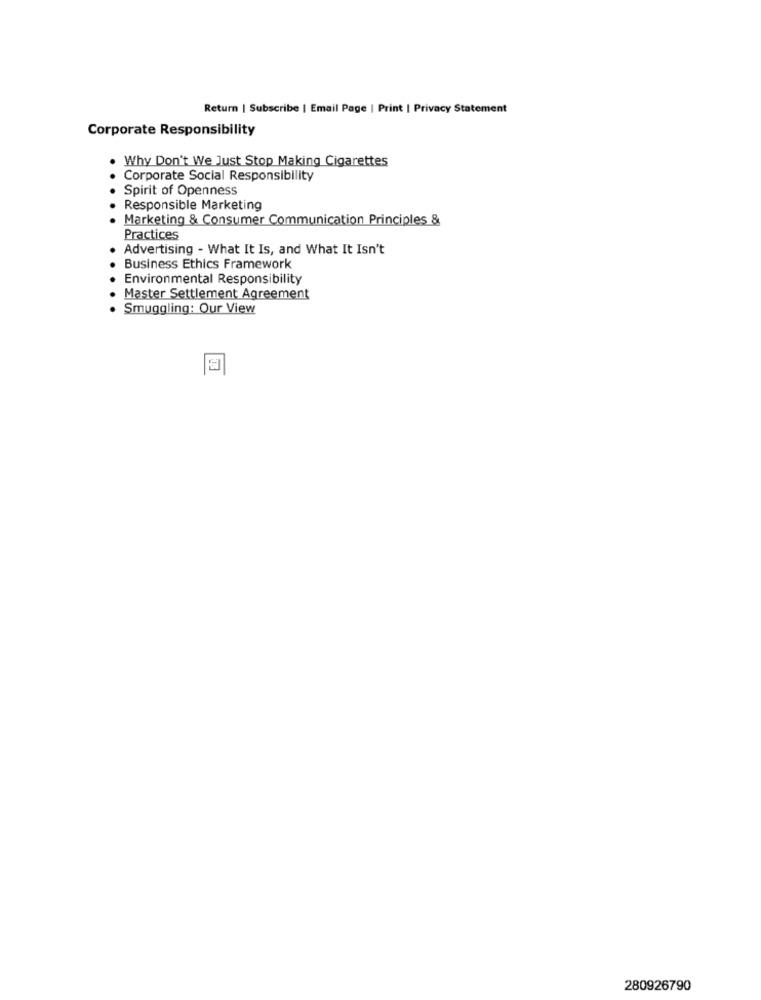
Return | Subscribe | Email Page | Print | Privacy Statement
Corporate Responsibility
Why Don't We Just Stop Making Cigarettes
Corporate Social Responsibility
Spirit of Openness
Responsible Marketing
Marketing & Consumer Communication Principles &
Practices
Advertising - What It Is, and What It Isn't
Business Ethics Framework
Environmental Responsibility
Master Settlement Agreement
Smuggling: Our View
280926790